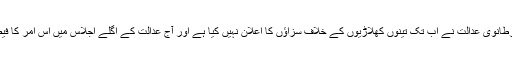
اس سلسلے میں برطانوی عدالت نے اب تک تینوں کھلاڑیوں کے خلاف سزاؤں کا اعلان نہیں کیا ہے اور آج عدالت کے اگلے اجلاس میں اس امر کا فیصلہ کیا جائے گا۔